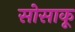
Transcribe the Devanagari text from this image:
सोसाकू